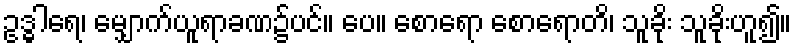
ဥဒ္ဓါရေ၊ မျှောက်ယူရာခဏ၌ပင်။ ပေ။ စောရော စောရောတိ၊ သူခိုး သူခိုးဟူ၍။